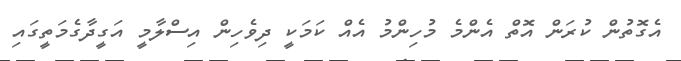
އެގޮތުން ކުރަން އޮތް އެންމެ މުހިންމު އެއް ކަމަކީ ދިވެހިން އިސްލާމީ އަގީދާގެމަތީގައި